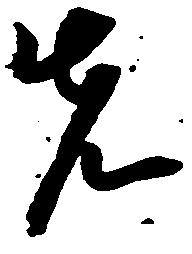
先